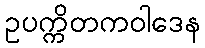
ဥပက္ကိတကဝါဒေန